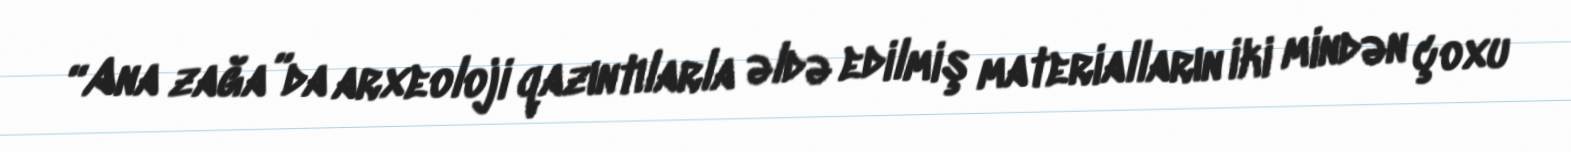
“Ana zağa”da arxeoloji qazıntılarla əldə edilmiş materialların iki mindən çoxu